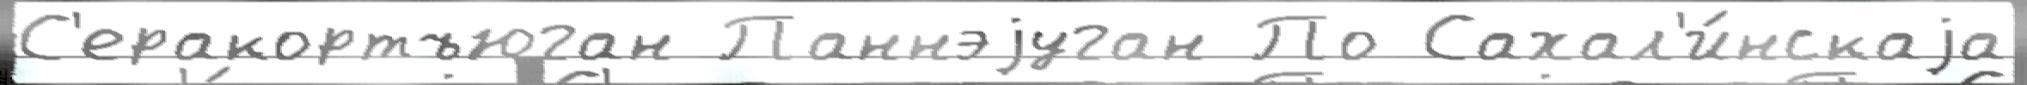
С'еракортъюган Паннэjуган По Сахал'и́нскаjа